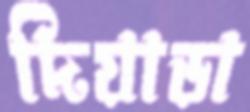
দিয়াড়া